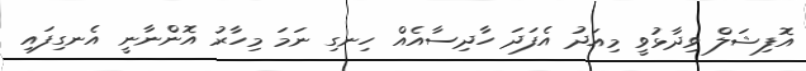
އޮފިޝަލް ވިދާޅުވީ މިއަދު އެފަދަ ހާދިސާއެއް ހިނގި ނަމަ މިހާރު އޮންނާނީ އެނގިފައި